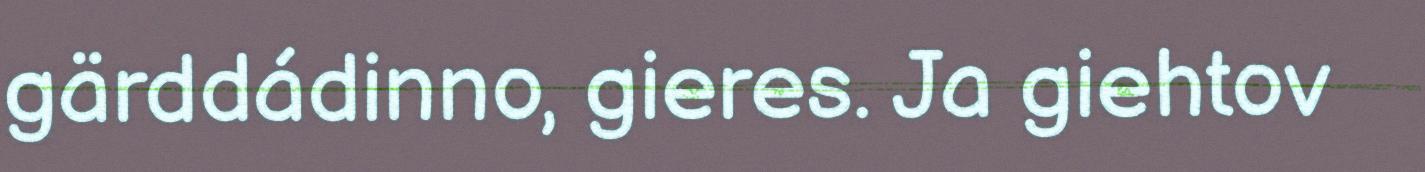
gärddádinno, gieres. Ja giehtov